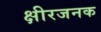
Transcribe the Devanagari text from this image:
क्षीरजनक